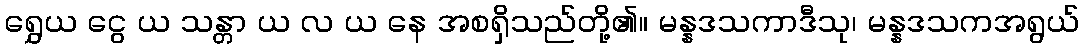
ရွှေယ ငွေ ယ သန္တာ ယ လ ယ နေ အစရှိသည်တို့၏။ မန္နဒသကာဒီသု၊ မန္နဒသကအရွယ်